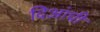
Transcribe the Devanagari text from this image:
दिआंची